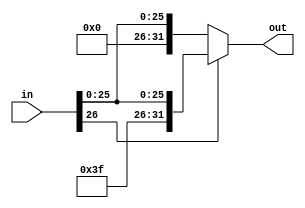
module signExtendTarget (in, out);
  input [26:0] in;
  output [31:0] out;

  assign out = (in[26] == 1) ? {5'b11111, in} : {5'b00000, in};
endmodule